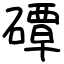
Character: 磹